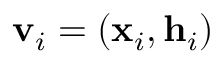
\mathbf { v } _ { i } = ( \mathbf { x } _ { i } , \mathbf { h } _ { i } )